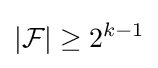
|{\mathcal {F}}|\geq 2^{k-1}